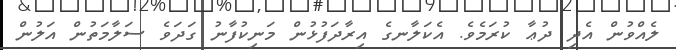
ލެއްވުން އެދި ދުޢާ ކުރަމެވެ. އެކަލާނގެ އިރާދަފުޅުން މަނިކުފާނު ގަދަވެ ސަލާމަތުން އަލުން